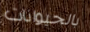
بالحيوانات